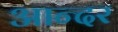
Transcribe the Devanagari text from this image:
आन्दर